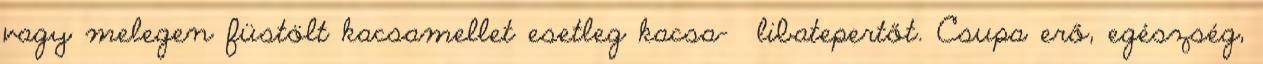
vagy melegen füstölt kacsamellet esetleg kacsa- libatepertőt. Csupa erő, egészség,